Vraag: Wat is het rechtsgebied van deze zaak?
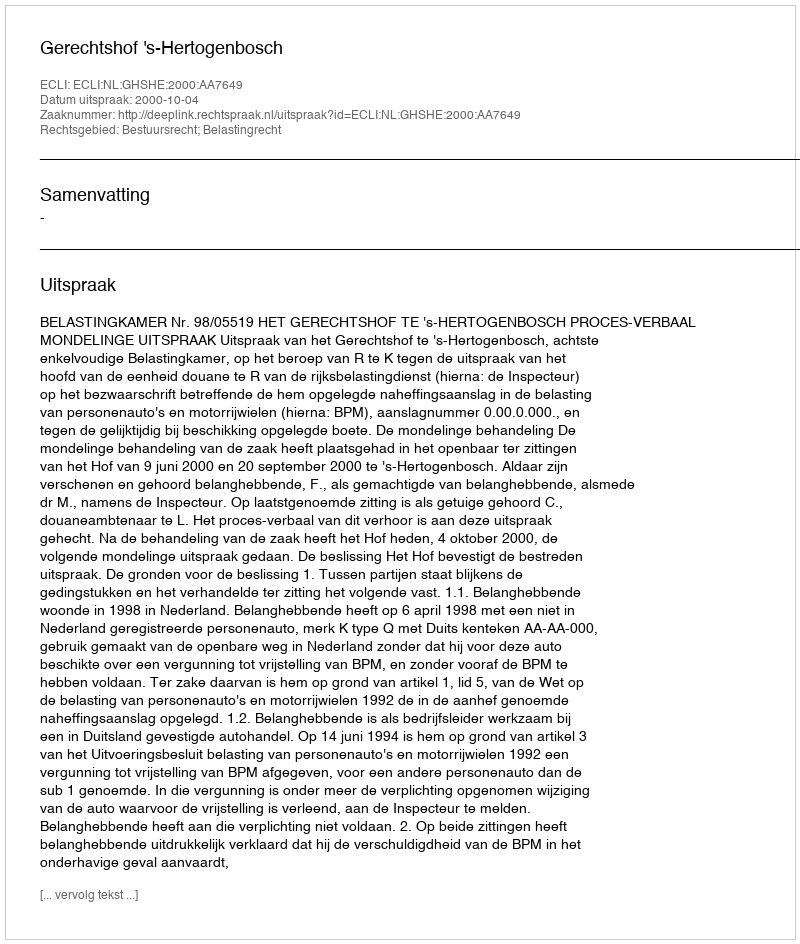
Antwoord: Bestuursrecht; Belastingrecht